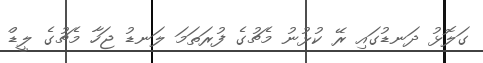
ގަލޮޅު ދަނޑުގައި ރޭ ކުޅުނު މެޗުގެ ފުރަތަމަ ލަނޑު ޖަހާ މެޗުގެ ލީޑް